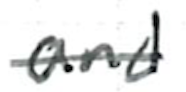
Text: and
Cross-out: single-line
Writing tool: ballpoint